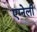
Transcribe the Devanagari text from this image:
एग्नेली